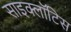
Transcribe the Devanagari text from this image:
साइक्लॉटिस